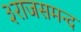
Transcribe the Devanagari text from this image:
३राजसमन्द